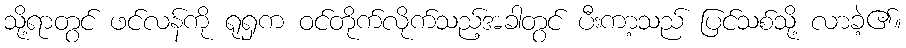
သို့ရာတွင် ဖင်လန်ကို ရုရှက ဝင်တိုက်လိုက်သည့်အခါတွင် ပီးကာ့သည် ပြင်သစ်သို့ လာခဲ့၏။